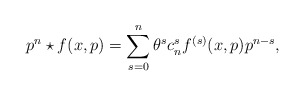
\begin{align*}p^{n} \star f(x,p) = \sum _{s=0}^{n} \theta ^{s} c_{n}^{s} f^{(s)}(x,p) p^{n-s},\end{align*}